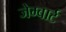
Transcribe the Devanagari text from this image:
जेम्बार्ट